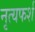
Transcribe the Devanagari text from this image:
नृत्यफर्श